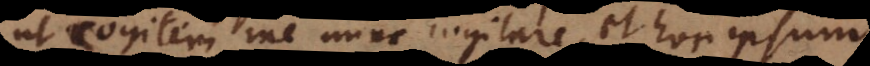
ut cogitem me nunc cogitare, et hoc ipsum